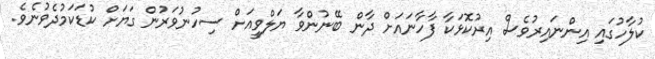
ކުލާހުގައި އިންނައިރުވެސް އިރުކޮޅަކާ ފާހާނައަށް ދާން ބޭނުންވާ ޔަލްވީއަށް ސިހުނުވަރުން ގަޔަށް ކުޑަކަމުދެވުނެވެ.